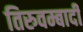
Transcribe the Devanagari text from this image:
तिरुवम्बादी